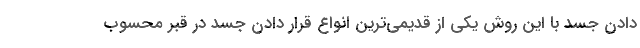
دادن جسد با این روش یکی از قدیمی‌ترین انواع قرار دادن جسد در قبر محسوب